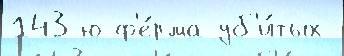
143-ю ф'е́рма уб'и́тых